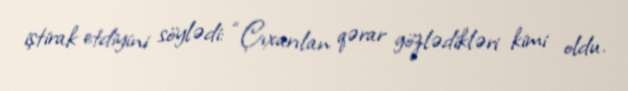
iştirak etdiyini söylədi: “Çıxarılan qərar gözlədikləri kimi oldu.